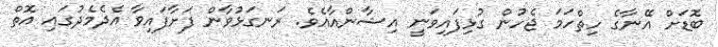
ބޮޑަށް އޭނާގެ ހިތްހަމަ ޖެހުން ގުޅިފައިވަނީ އިޝާންއާއެވެ. ރަނގަޅުވާން ފަށާފައިވާ އެދެމެދުގައި އޮތް